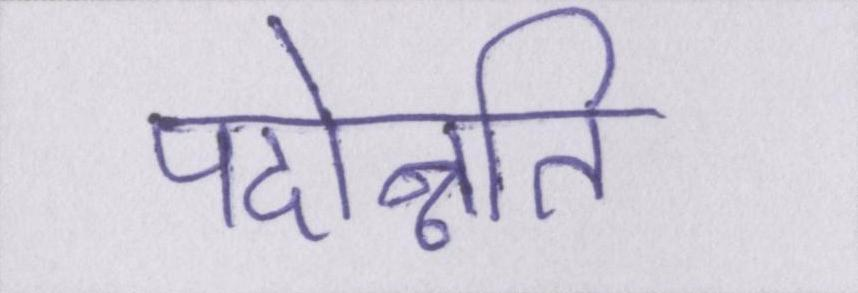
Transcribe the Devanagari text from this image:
पदोन्नति